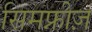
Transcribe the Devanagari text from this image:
सिमफ्नीज़